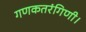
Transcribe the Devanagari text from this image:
गणकतरंगिणी।